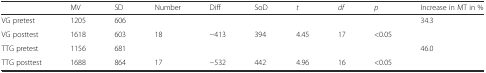
|  | MV | SD | Number | Diff | SoD | t | df | p | Increase in MT in % |
 | --- | --- | --- | --- | --- | --- | --- | --- | --- | --- |
 | VG pretest | 1205 | 606 | <COLSPAN=6>  | <ROWSPAN=2> 34.3 |
 | VG posttest | 1618 | 603 | 18 | −413 | 394 | 4.45 | 17 | <0.05 |
 | TTG pretest | 1156 | 681 | <COLSPAN=6>  | <ROWSPAN=2> 46.0 |
 | TTG posttest | 1688 | 864 | 17 | −532 | 442 | 4.96 | 16 | <0.05 |